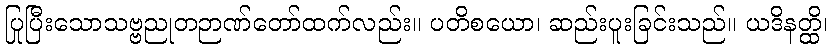
ပြုပြီးသောသဗ္ဗညုတဉာဏ်တော်ထက်လည်း။ ပတိစယော၊ ဆည်းပူးခြင်းသည်။ ယဒိနတ္ထိ၊